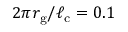
2 \pi r _ { \mathrm { g } } / \ell _ { \mathrm { c } } = 0 . 1